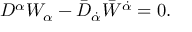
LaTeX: D ^ { \alpha } W _ { \alpha } - \bar { D } _ { \dot { \alpha } } \bar { W } ^ { \dot { \alpha } } = 0 .